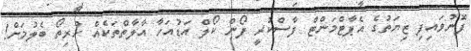
ފޮނުވައިފި ޒިޔަތުގެ އެޕާޓްމަންޓް ފާސްކުރީ ފޯން ކޯލް އަޑުއަހާ އާލާތްތަކެއް ހުރިތޯ ބެލުމަށް!